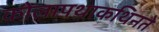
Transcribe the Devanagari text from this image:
कोलापथाकथिनते